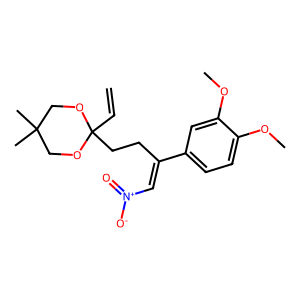
SMILES: C=CC1(CCC(=C[N+](=O)[O-])c2ccc(OC)c(OC)c2)OCC(C)(C)CO1
Inhibits HIV replication: No